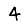
Digit: 4